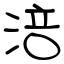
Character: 涪